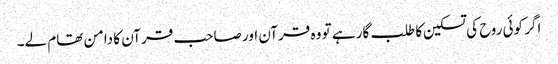
اگر کوئی روح کی تسکین کا طلب گار ہے تو وہ قرآن اور صاحب قرآن کا دامن تھام لے۔